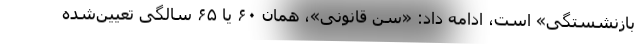
بازنشستگی» است، ادامه داد: «سن قانونی»، همان ۶۰ یا ۶۵ سالگی تعیین‌شده